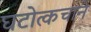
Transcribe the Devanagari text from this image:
घटोत्कचाने